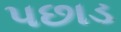
પછાડ